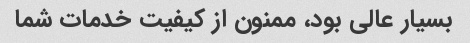
بسیار عالی بود، ممنون از کیفیت خدمات شما